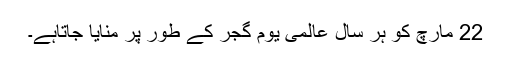
22 مارچ کو ہر سال عالمی یومِ گجر کے طور پر منایا جاتاہے۔